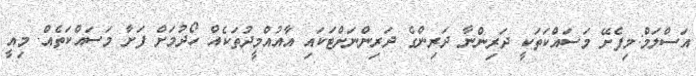
އަސްލަމް:މިފެށޭ މަސައްކަތަކީ ދަރިންނާ ދަރިންގެ ދަރިންނަށްޓަކައި އާއުއްމީދުތަކެއް ހޯދުމަށް ފަށާ މަސައްކަތެއް. މިއީ